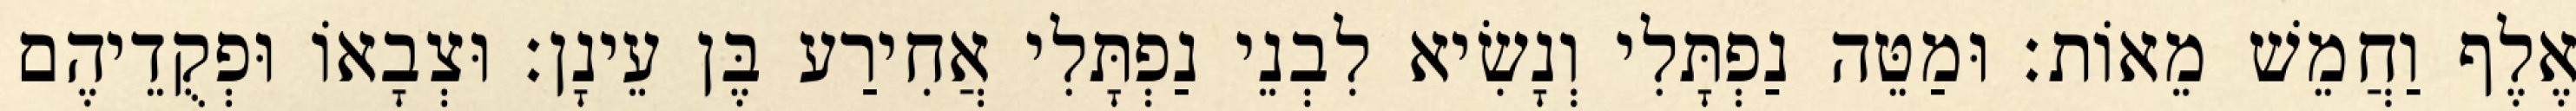
אֶלֶף וַחֲמֵשׁ מֵאוֹת׃ וּמַטֵּה נַפְתָּלִי וְנָשִׂיא לִבְנֵי נַפְתָּלִי אֲחִירַע בֶּן עֵינָן׃ וּצְבָאוֹ וּפְקֻדֵיהֶם